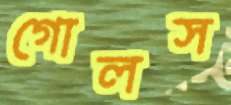
গোলস